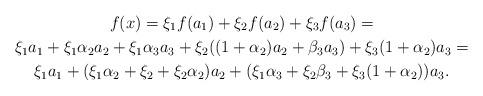
LaTeX: \begin{gather*}f(x)=\xi_{1}f(a_{1})+\xi_{2}f(a_{2})+\xi_{3}f(a_{3})=\\\xi_{1}a_{1}+\xi_{1}\alpha_{2}a_{2}+\xi_{1}\alpha_{3}a_{3}+\xi_{2}((1+\alpha_{2})a_{2}+\beta_{3}a_{3})+\xi_{3}(1+\alpha_{2})a_{3}=\\\xi_{1}a_{1}+(\xi_{1}\alpha_{2}+\xi_{2}+\xi_{2}\alpha_{2})a_{2}+(\xi_{1}\alpha_{3}+\xi_{2}\beta_{3}+\xi_{3}(1+\alpha_{2}))a_{3}.\end{gather*}